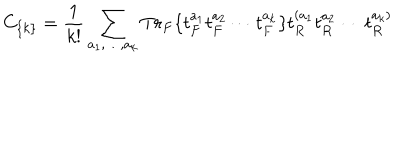
C _ { \{ k \} } = { \frac { 1 } { k ! } } \sum _ { a _ { 1 } , \dots , a _ { k } } T r _ { F } \{ t _ { F } ^ { a _ { 1 } } t _ { F } ^ { a _ { 2 } } \cdots t _ { F } ^ { a _ { k } } \} t _ { R } ^ { ( a _ { 1 } } t _ { R } ^ { a _ { 2 } } \cdots t _ { R } ^ { a _ { k } ) }